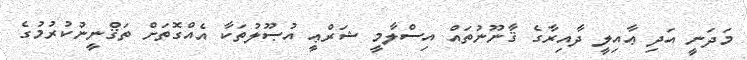
މަދަނީ އަދި ޢާއިލީ ދާއިރާގެ ޤާނޫނުތައް އިސްލާމީ ޝަރްޢީ އުޞޫލުތަކާ އެއްގޮތަށް ތަޤްނީނުކުރުމުގެ